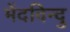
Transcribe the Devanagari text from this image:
मेंदविन्दु